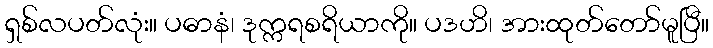
ရှစ်လပတ်လုံး။ ပဓာနံ၊ ဒုက္ကရစရိယာကို။ ပဒဟိ၊ အားထုတ်တော်မူပြီ။